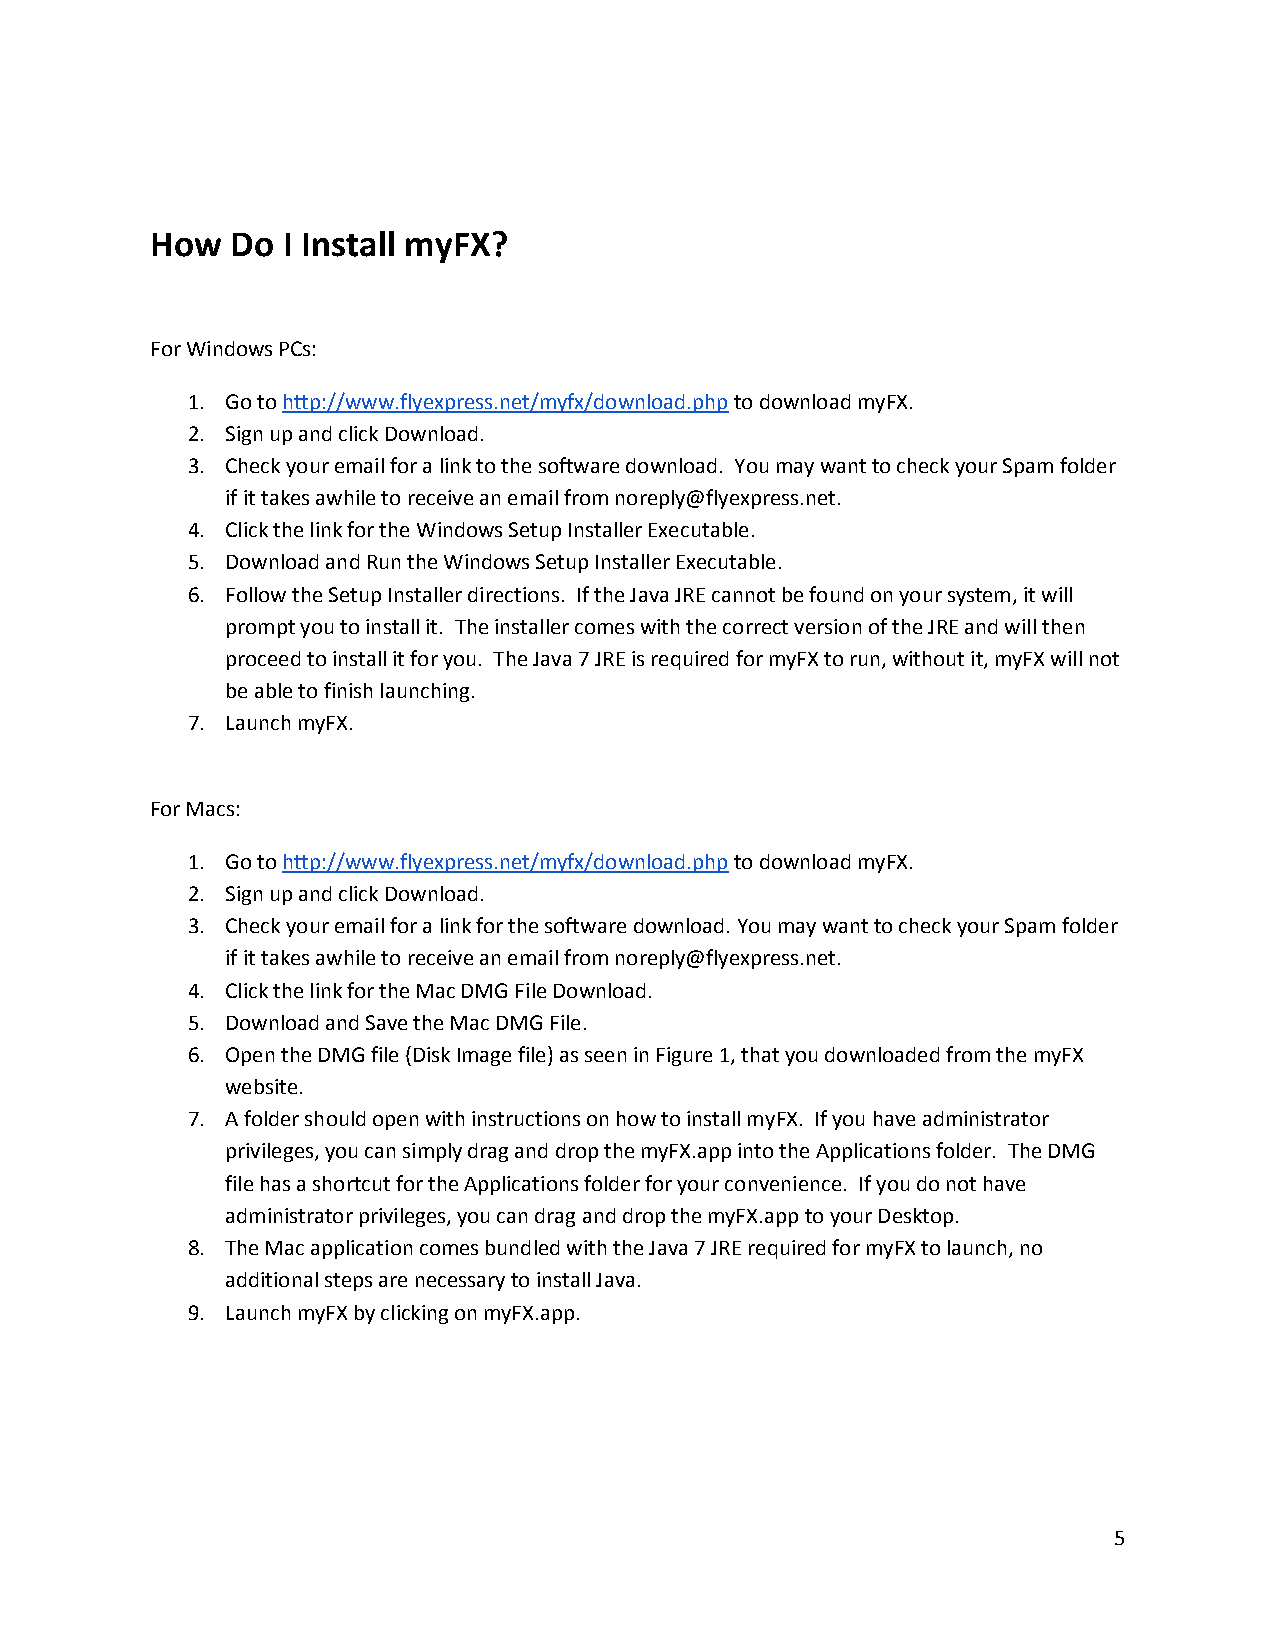
How  Do  I Install myFX?
 For Windows PCs:
 1. Go to http://www.flyexpress.net/myfx/download.php to download myFX.
 2. Sign up and click Download.
 3. Check your email for a link to the software download. You may want to check your Spam folder
 if it takes awhile to receive an email from noreply@flyexpress.net.
 4. Click the link for the Windows Setup Installer Executable.
 5. Download and Run the Windows Setup Installer Executable.
 6. Follow the Setup Installer directions. If the Java JRE cannot be found on your system, it will
 prompt you to install it. The installer comes with the correct version of the JRE and will then
 proceed to install it for you. The Java 7 JRE is required for myFX to run, without it, myFX will not
 be able to finish launching.
 7. Launch myFX.
 For Macs:
 1. Go to http://www.flyexpress.net/myfx/download.php to download myFX.
 2. Sign up and click Download.
 3. Check your email for a link for the software download. You may want to check your Spam folder
 if it takes awhile to receive an email from noreply@flyexpress.net.
 4. Click the link for the Mac DMG File Download.
 5. Download and Save the Mac DMG File.
 6. Open the DMG file (Disk Image file) as seen in Figure 1, that you downloaded from the myFX
 website.
 7. A folder should open with instructions on how to install myFX. If you have administrator
 privileges, you can simply drag and drop the myFX.app into the Applications folder. The DMG
 file has a shortcut for the Applications folder for your convenience. If you do not have
 administrator privileges, you can drag and drop the myFX.app to your Desktop.
 8. The Mac application comes bundled with the Java 7 JRE required for myFX to launch, no
 additional steps are necessary to install Java.
 9. Launch myFX by clicking on myFX.app.
 5